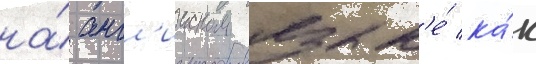
на́ англ'ииском язык'е́ ка́к